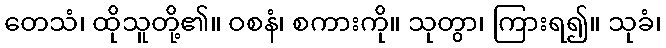
တေသံ၊ ထိုသူတို့၏။ ဝစနံ၊ စကားကို။ သုတွာ၊ ကြားရ၍။ သုခံ၊